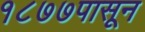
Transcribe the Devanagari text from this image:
१८७७पासून